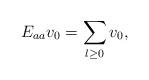
LaTeX: \begin{gather*}E_{aa}v_{0}=\sum_{l\ge0}v_{0},\end{gather*}